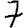
Digit: 7